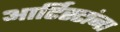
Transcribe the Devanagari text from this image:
आर्टिस्टांना